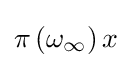
\pi \left(\omega _{\infty }\right)x